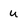
Character: u